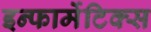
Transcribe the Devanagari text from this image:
इन्फार्मेटिक्स